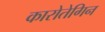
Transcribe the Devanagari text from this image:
कारोतेगिन